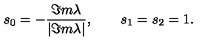
s _ { 0 } = - { \frac { \Im m \lambda } { | \Im m \lambda | } } , \qquad s _ { 1 } = s _ { 2 } = 1 .